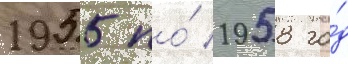
1955 по́ 1958 го́д